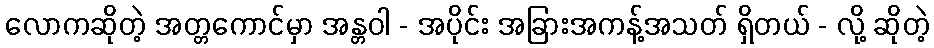
လောကဆိုတဲ့ အတ္တကောင်မှာ အန္တဝါ - အပိုင်း အခြားအကန့်အသတ် ရှိတယ် - လို့ ဆိုတဲ့